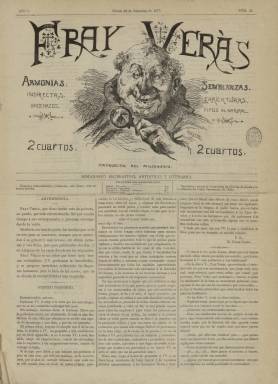
Título: Fray Verás (Madrid)
Colección: Revistas de información general
Ámbito geográfico: Madrid
Lugar de publicación: Madrid
Fechas: 22/09/1877-30/03/1879

Continúa la secuencia numérica, el mismo formato y subtítulo -“semanario recreativo, artístico y literario”- que el también semanario El Pensamiento, que asimismo forma parte de la colección de la Biblioteca Nacional de España (BNE), y había estado publicándose desde el cuatro de febrero al ocho de septiembre de 1877, después de varias modificaciones en sus contenidos, hasta adoptar completamente el festivo y humorístico. Así que, con el número 31, correspondiente al 22 de septiembre de ese año, Fray Verás aparecerá cada sábado, en entregas de cuatro páginas, compuestas a tres columnas, estampado también en la misma imprenta que su predecesor, la madrileña de M. Romero.

Se desconoce quien pudiera dirigir y redactar este semanario, igualmente ilustrado con tipos y escenas, bajo epígrafes como Actualidades o Escenas matritenses, de marcado carácter humorístico, firmadas por el dibujante Mariano Urrutia (-1894), que también había hecho lo mismo en las páginas de su predecesor, El Pensamiento. El artículo de presentación de este nuevo título es firmado por El Padre Lesna, del que dice de sí mismo que es un fraile tratable, alegre y sin exageraciones, que si peca de algo es de ser “novelero”, y en el que presenta a los también frailes Rapa-Velas, Miope o Alegría, que serán otros de los seudónimos con los que aparecen firmados los textos en sus páginas.

Se trata de textos ligeros, de carácter festivo y jocoso, tanto en prosa como en verso, como charadas, epigramas, cantares, citas, fábulas, moralejas, diálogos, cuadros de costumbres, misceláneas, bibliografía o espectáculos (especialmente teatros y alguna vez toros), ocupando anuncios comerciales su última plana, en alguna ocasión también de naturaleza humorística.

Otros seudónimos usados bajo sus textos son, además de Fray Verás y El Padre Lesna, los de Fray Freno, Fray Massa, Fray Pimienta, Fray Espera, El Padre Alegría o El Hermano Perfecto, que quizá correspondan a dos redactores principales, apareciendo también las firmas de Víctor Navarro, Gregorio Barragán, Ventura Mayorga o Ramón de Campoamor.

Publicará como folletín El pensamiento del diablo, cuadros críticos por el P. Lesna, y Los espadachines, novela original del poeta festivo y satírico Juan Martínez Villergas (1816-1994), de ideas republicanas, pero conservadoras y nacionalistas, sobre el que abrirá también una suscripción a su favor, al encontrarse en deplorables dificultades económicas en Argentina. Asimismo, con motivo de su fallecimiento, ofrece un texto elogioso –usando además un especial alarde tipográfico- del general Baldomero Espartero -por lo que su principal redactor debería estar en la órbita del progresismo demócrata-, en su entrega número 99, del diez de enero de 1879, en la que también comienza a insertar un nuevo grabado en su cabecera.

En la entrega número 55, de 16 de marzo de 1878, ya había modificado el subtítulo, que venía siendo desde entonces “periódico político festivo”. En este número inserta el artículo Nuestro programa, en el que señalaba que hasta entonces sus redactores habían sido “impolíticos, pero jamás descorteses”, añadiendo, además, que seguirán formando “iglesia aparte”.

Después de imprimirlo M. Romero, el periódico fue estampado por R. Velasco, y llega a usar diferentes tipos de papel. Entre sus grabados aparecen también unas tiras de estilo oriental y entre sus dibujantes pudo encontrarse también el ilustrador Francisco Ortego (1883-1881). Su última entrega en la colección de la BNE es la número 109, correspondiente al domingo 30 de marzo de 1879. Una advertencia en ella indica de modo jocoso que, al estar el país en pleno periodo electoral, no había salido Fray Verás el sábado anterior y su principal redactor había arreglado su maleta y tomado el tren del Norte con el objetivo de sacar adelante una “candidatura frailuna”. Probablemente, no siguió publicándose.